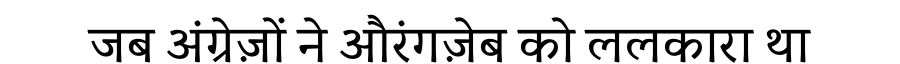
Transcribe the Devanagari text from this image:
जब अंग्रेज़ों ने औरंगज़ेब को ललकारा था